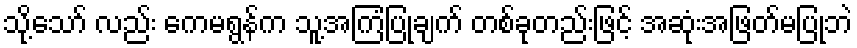
သို့သော် လည်း ကေမရွန်က သူ့အကြံပြုချက် တစ်ခုတည်းဖြင့် အဆုံးအဖြတ်မပြုဘဲ